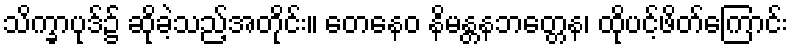
သိက္ခာပုဒ်၌ ဆိုခဲ့သည့်အတိုင်း။ တေနေဝ နိမန္တနဘတ္တေန၊ ထိုပင့်ဖိတ်ကြောင်း